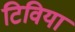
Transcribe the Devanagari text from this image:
टिविया